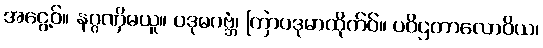
အငွေ့ဝ်။ နဂ္ဂဏှိမယူ။ ပဒုမဂဗ္ဘံ၊ ကြာပဒုမာထိုက်ဝ်။ ပဝိဌတာလောဝိယ၊